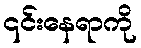
၎င်းနေရာကို